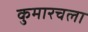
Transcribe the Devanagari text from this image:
कुमारचला